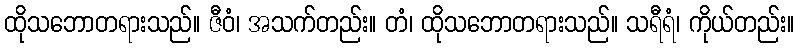
ထိုသဘောတရားသည်။ ဇီဝံ၊ အသက်တည်း။ တံ၊ ထိုသဘောတရားသည်။ သရီရံ၊ ကိုယ်တည်း။